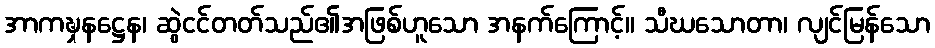
အာကဍ္ဎှနဋ္ဌေန၊ ဆွဲငင်တတ်သည်၏အဖြစ်ဟူသော အနက်ကြောင့်။ သီဃသောတာ၊ လျင်မြန်သော